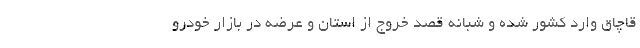
قاچاق وارد کشور شده و شبانه قصد خروج از استان و عرضه در بازار خودرو